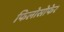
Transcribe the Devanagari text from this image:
फिलोसोफेर